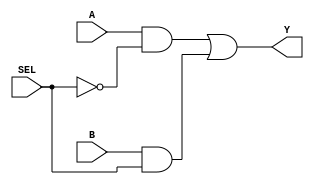
// Design 2-1
module selector2(A, B, SEL, Y);
  output Y;
  input A, B, SEL;

     and   g1(y1, A, nsel),
           g2(y2, B, SEL);
     or    g3(Y, y1, y2);
     not   g4(nsel, SEL);

  endmodule